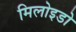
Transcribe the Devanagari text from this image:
मिलोइडो